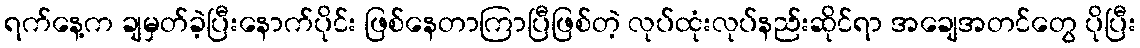
ရက်နေ့က ချမှတ်ခဲ့ပြီးနောက်ပိုင်း ဖြစ်နေတာကြာပြီဖြစ်တဲ့ လုပ်ထုံးလုပ်နည်းဆိုင်ရာ အချေအတင်တွေ ပိုပြီး